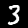
Label: 3